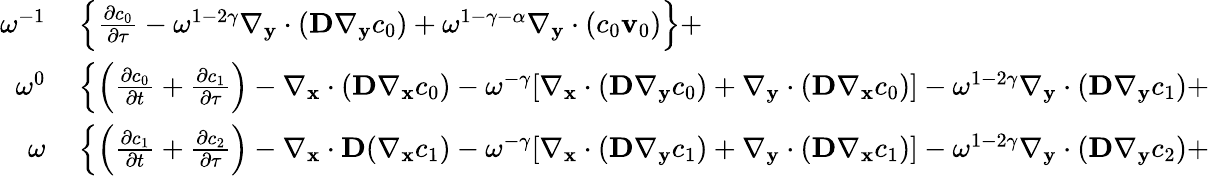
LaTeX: \begin{array}{rl}{\omega^{-1}}&{{}\left\{ \frac{\partial c_{0}}{\partial\tau}-\omega^{1-2\gamma}\nabla_{\mathbf y}\cdot(\textbf{D}\nabla_{\mathbf y}c_{0})+\omega^{1-\gamma-\alpha}\nabla_{\mathbf y}\cdot(c_{0}\mathbf v_{0})\right\} +}\\ {\omega^{0}}&{{}\left\{ \left(\frac{\partial c_{0}}{\partial t}\right.+\frac{\partial c_{1}}{\partial\tau}\right)-\nabla_{\mathbf x}\cdot(\textbf{D}\nabla_{\mathbf x}c_{0})-\omega^{-\gamma}[\nabla_{\mathbf x}\cdot(\textbf{D}\nabla_{\mathbf y}c_{0})+\nabla_{\mathbf y}\cdot(\textbf{D}\nabla_{\mathbf x}c_{0})]-\omega^{1-2\gamma}\nabla_{\mathbf y}\cdot(\textbf{D}\nabla_{\mathbf y}c_{1})+}\\ {\omega}&{{}\left\{ \left(\frac{\partial c_{1}}{\partial t}\right.+\frac{\partial c_{2}}{\partial\tau}\right)-\nabla_{\mathbf x}\cdot\textbf{D}(\nabla_{\mathbf x}c_{1})-\omega^{-\gamma}[\nabla_{\mathbf x}\cdot(\textbf{D}\nabla_{\mathbf y}c_{1})+\nabla_{\mathbf y}\cdot(\textbf{D}\nabla_{\mathbf x}c_{1})]-\omega^{1-2\gamma}\nabla_{\mathbf y}\cdot(\textbf{D}\nabla_{\mathbf y}c_{2})+}\end{array}